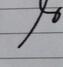
Signature authenticity: forged